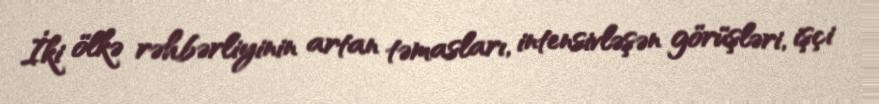
İki ölkə rəhbərliyinin artan təmasları, intensivləşən görüşləri, işçi